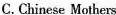
C.Chinese Mothers